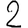
Digit: 2